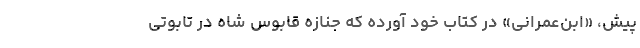
پیش، «ابن‌عمرانی» در کتاب خود آورده که جنازه قابوس شاه در تابوتی